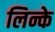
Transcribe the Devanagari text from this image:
लिन्के